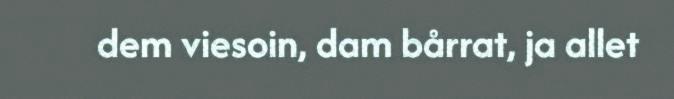
dem viesoin, dam bårrat, ja allet